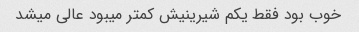
خوب بود فقط یکم شیرینیش کمتر میبود عالی میشد